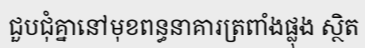
ជួបជុំគ្នានៅមុខពន្ធនាគារត្រពាំងផ្លុង ស្ថិត